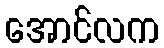
အောင်လက